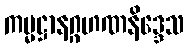
ကမ္မဋ္ဌာနဂ္ဂဟဏနိဒ္ဒေသ